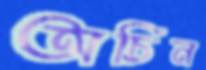
অচিন